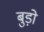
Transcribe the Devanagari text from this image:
बुड़ो